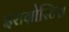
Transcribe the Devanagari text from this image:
इराग्रोस्टिस